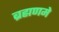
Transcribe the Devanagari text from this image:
ब्रह्मणमे